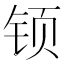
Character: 𰽳